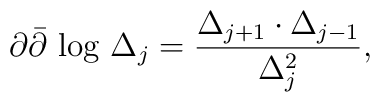
\partial \bar{\partial }\mbox{ log }\Delta _j=\frac{\Delta _{j+1}\cdot \Delta _{j-1}}{\Delta _j^2},